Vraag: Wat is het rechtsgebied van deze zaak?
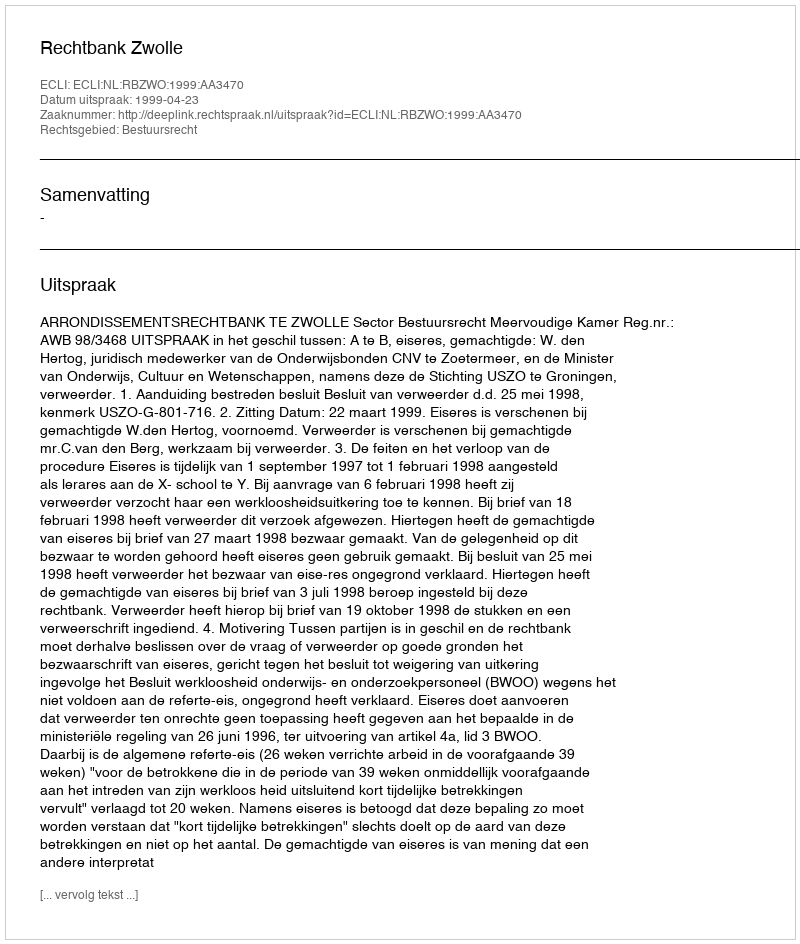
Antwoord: Bestuursrecht